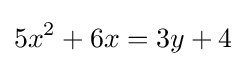
5x^{2}+6x=3y+4